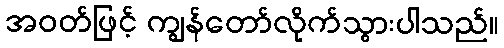
အဝတ်ဖြင့် ကျွန်တော်လိုက်သွားပါသည်။